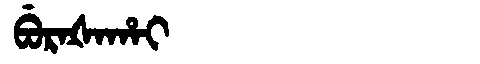
Manchu: ᠪᡠᡵᠠᡧᠠᡥᠠᡳ
Romanization: BURAŠAHAI